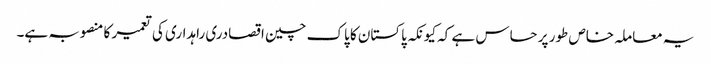
یہ معاملہ خاص طور پر حساس ہے کہ کیونکہ پاکستان کا پاک چین اقصادری راہداری کی تعمیر کا منصوبہ ہے۔